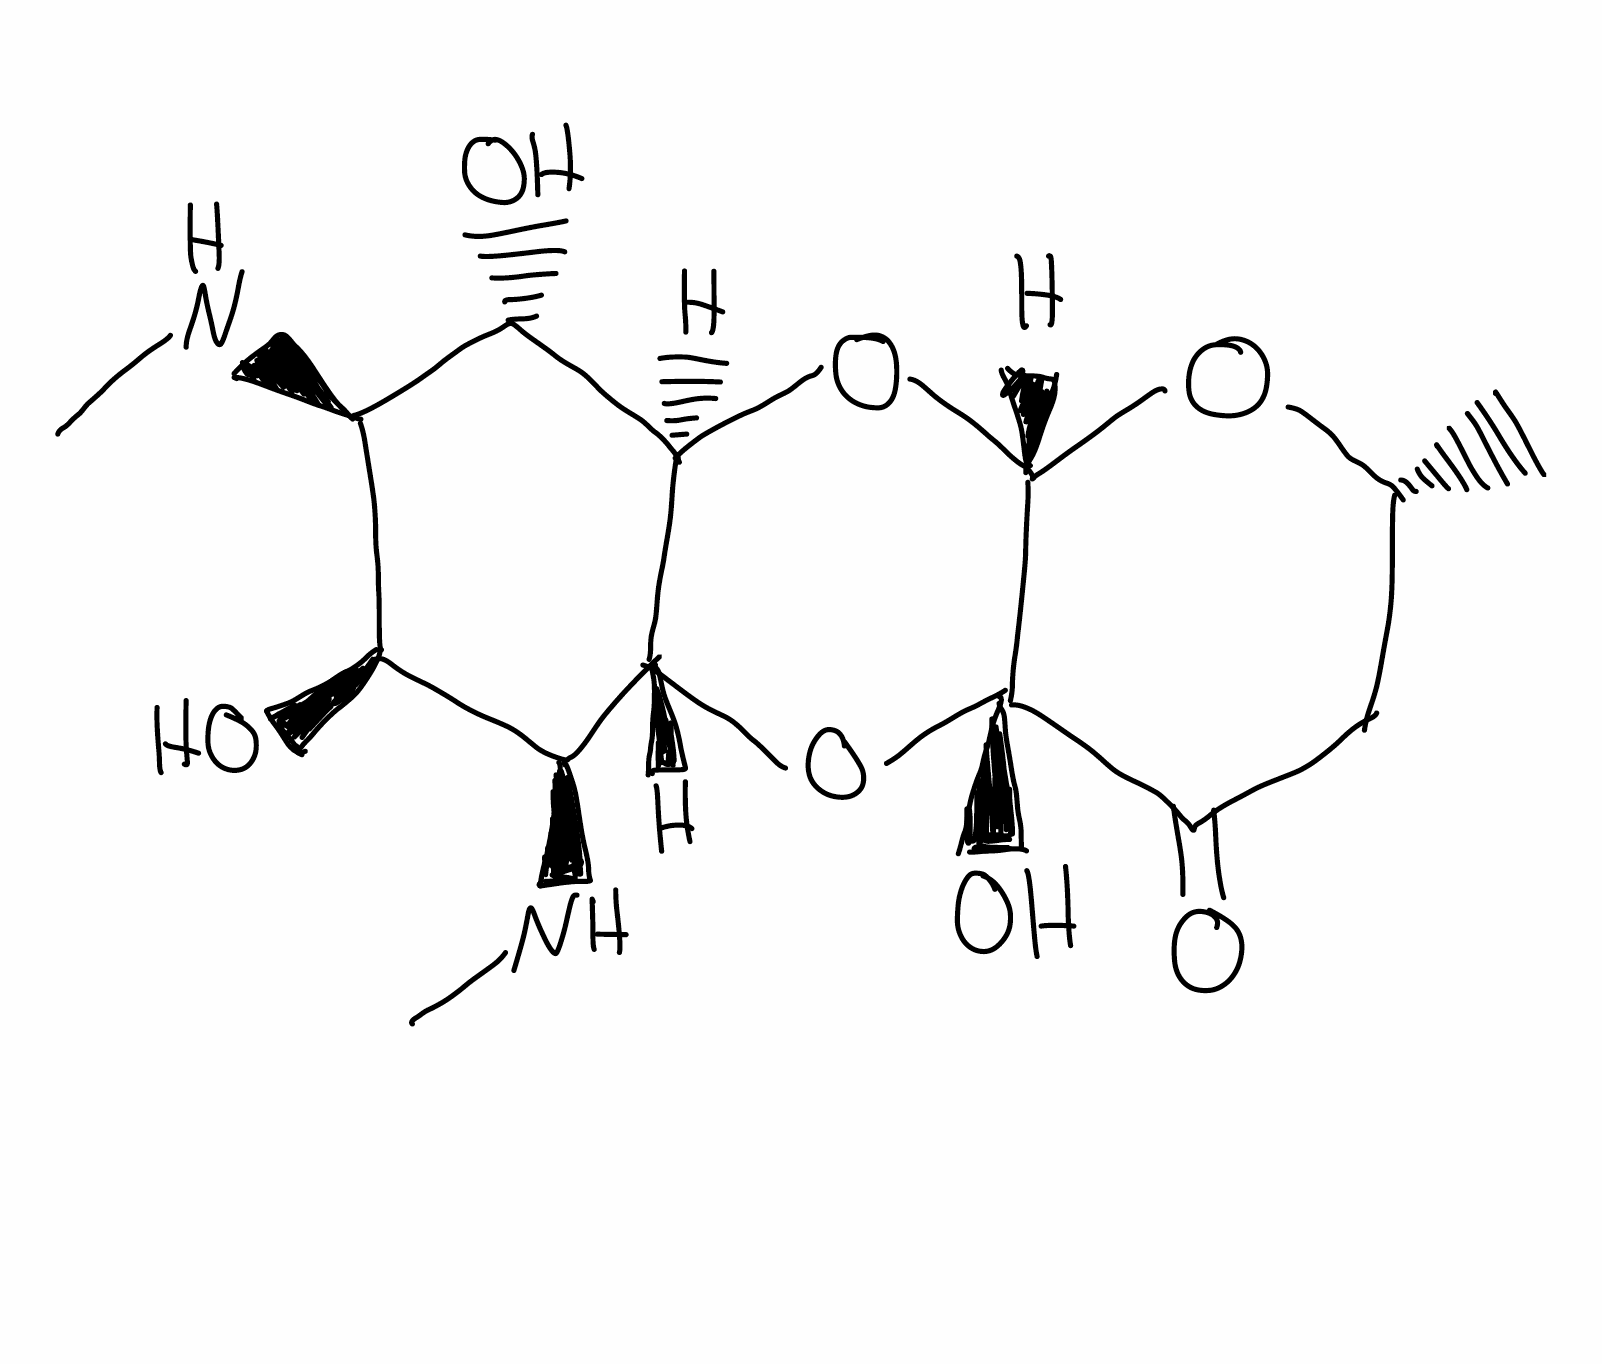
Simplified molecular-input line-entry system (SMILES) notation of the given molecule:
C[C@@H]1CC(=O)[C@]2([C@@H](O1)O[C@@H]3[C@H]([C@@H]([C@@H]([C@@H]([C@H]3O2)NC)O)NC)O)O